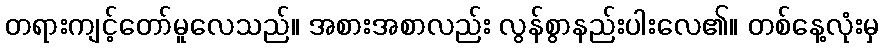
တရားကျင့်တော်မူလေသည်။ အစားအစာလည်း လွန်စွာနည်းပါးလေ၏။ တစ်နေ့လုံးမှ